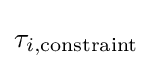
\tau _{i,{\text{constraint}}}